Vaccination in Bombay 1874-1876 - 1874-1876
Year: 1874
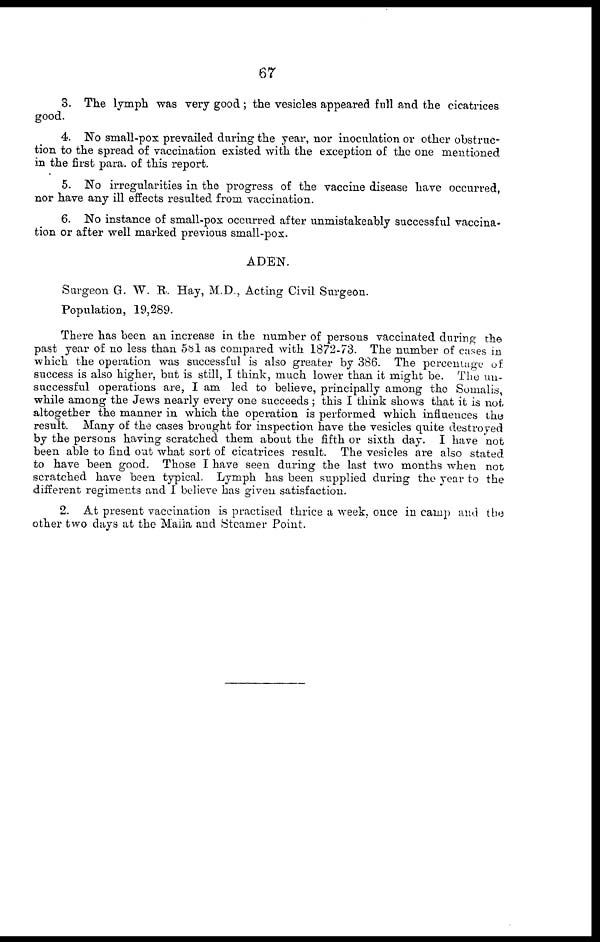
67
3. The lymph was very good ; the vesicles appeared full and the cicatrices
good.
4. No small-pox prevailed during the year, nor inoculation or other obstruc-
tion to the spread of vaccination existed with the exception of the one mentioned
in the first para. of this report.
5. No irregularities in the progress of the vaccine disease have occurred,
nor have any ill effects resulted from vaccination.
6. No instance of small-pox occurred after unmistakeably successful vaccina-
tion or after well marked previous small-pox.
ADEN.
Surgeon G. W. R. Hay, M.D., Acting Civil Surgeon.
Population, 19,289.
There has been an increase in the number of persons vaccinated during the
past year of no less than 581 as compared with 1872-73. The number of cases in
which the operation was successful is also greater by 386. The percentage of
success is also higher, but is still, I think, much lower than it might be. The un-
successful operations are, I am led to believe, principally among the Somalis,
while among the Jews nearly every one succeeds ; this I think shows that it is not
altogether the manner in which the operation is performed which influences the
result. Many of the cases brought for inspection have the vesicles quite destroyed
by the persons having scratched them about the fifth or sixth day. I have not
been able to find out what sort of cicatrices result. The vesicles are also stated
to have been good. Those I have seen during the last two months when not
scratched have been typical. Lymph has been supplied during the year to the
different regiments and I believe has given satisfaction.
2. At present vaccination is practised thrice a week, once in camp and the
other two days at the Malla and Steamer Point.